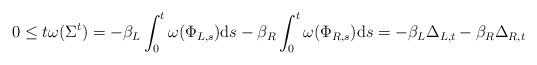
LaTeX: \begin{align*}0 \leq t \omega ( \Sigma ^t ) = - \beta _L \int_0 ^t \omega ( \Phi_{L, s} ) \mathrm{d} s - \beta_R \int_0 ^t \omega ( \Phi_{R,s} ) \mathrm{d}s = - \beta_L \Delta_{L,t} -\beta_R \Delta_{R,t}\end{align*}